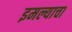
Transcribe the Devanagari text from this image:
इमल्याचा